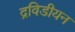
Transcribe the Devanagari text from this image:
द्रविडीयन